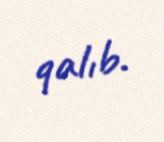
qalıb.